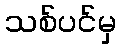
သစ်ပင်မှ